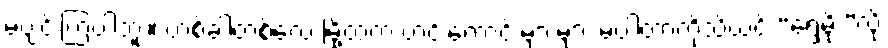
မပျင်းကြပါဘူး။ တစ်ခါတစ်လေ မြို့ထဲက ဟင်းကောင်းများများ မပါတာကိုသိယင် “ရွှေမိုး”လို့